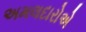
અમલદારોએ